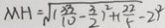
M H = \sqrt { ( \frac { 2 3 3 } { 1 0 } - \frac { 3 } { 2 } ) ^ { 2 } + ( \frac { 2 2 } { 5 } - 2 ) ^ { 2 } }